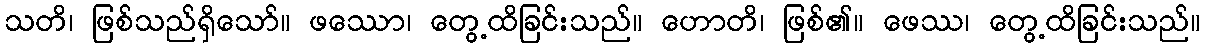
သတိ၊ ဖြစ်သည်ရှိသော်။ ဖဿော၊ တွေ့ထိခြင်းသည်။ ဟောတိ၊ ဖြစ်၏။ ဖေဿ၊ တွေ့ထိခြင်းသည်။